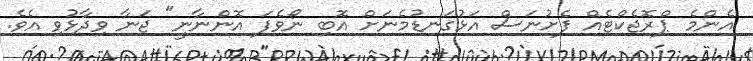
އެންމެ ޕްރޮޖެކްޓެއް ފެށުނަސް އަޅުގަނޑުމެނަށް އޮބި ނޯވެފަ އޮންނާނީ" ޖަނާ ވިދާޅުވި އެވެ.